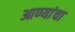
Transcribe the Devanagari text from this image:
आण्यांचा